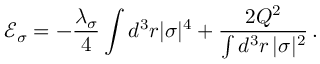
\mathcal { E } _ { \sigma } = - \frac { \lambda _ { \sigma } } { 4 } \int d ^ { 3 } r | \sigma | ^ { 4 } + \frac { 2 Q ^ { 2 } } { \int d ^ { 3 } r \, | \sigma | ^ { 2 } } \, .